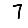
Digit: 7